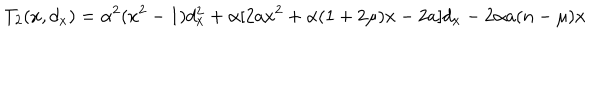
T _ { 2 } ( x , d _ { x } ) = \alpha ^ { 2 } ( x ^ { 2 } - 1 ) d _ { x } ^ { 2 } + \alpha [ 2 a x ^ { 2 } + \alpha ( 1 + 2 \mu ) x - 2 a ] d _ { x } - 2 \alpha a ( n - \mu ) x